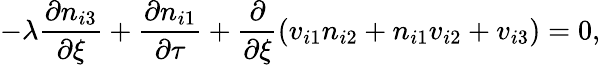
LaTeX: -\lambda\frac{\partial n_{i3}}{\partial\xi}+\frac{\partial n_{i1}}{\partial\tau}+\frac{\partial}{\partial\xi}(v_{i1}n_{i2}+n_{i1}v_{i2}+v_{i3})=0,